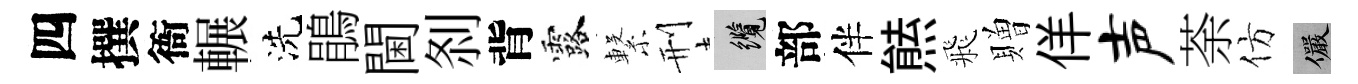
四撰衙輾洗鵑閫𠛴背露繋刑纜部伴㷱飛贈佯声荼仿儼